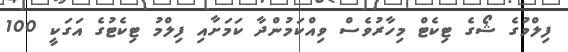
ފިލްމުގެ ޝޯގެ ޓިކެޓް މިހާރުވެސް ވިއްކަމުންދާ ކަމަށާއި ފިލްމު ޓިކެޓުގެ އަގަކީ 100